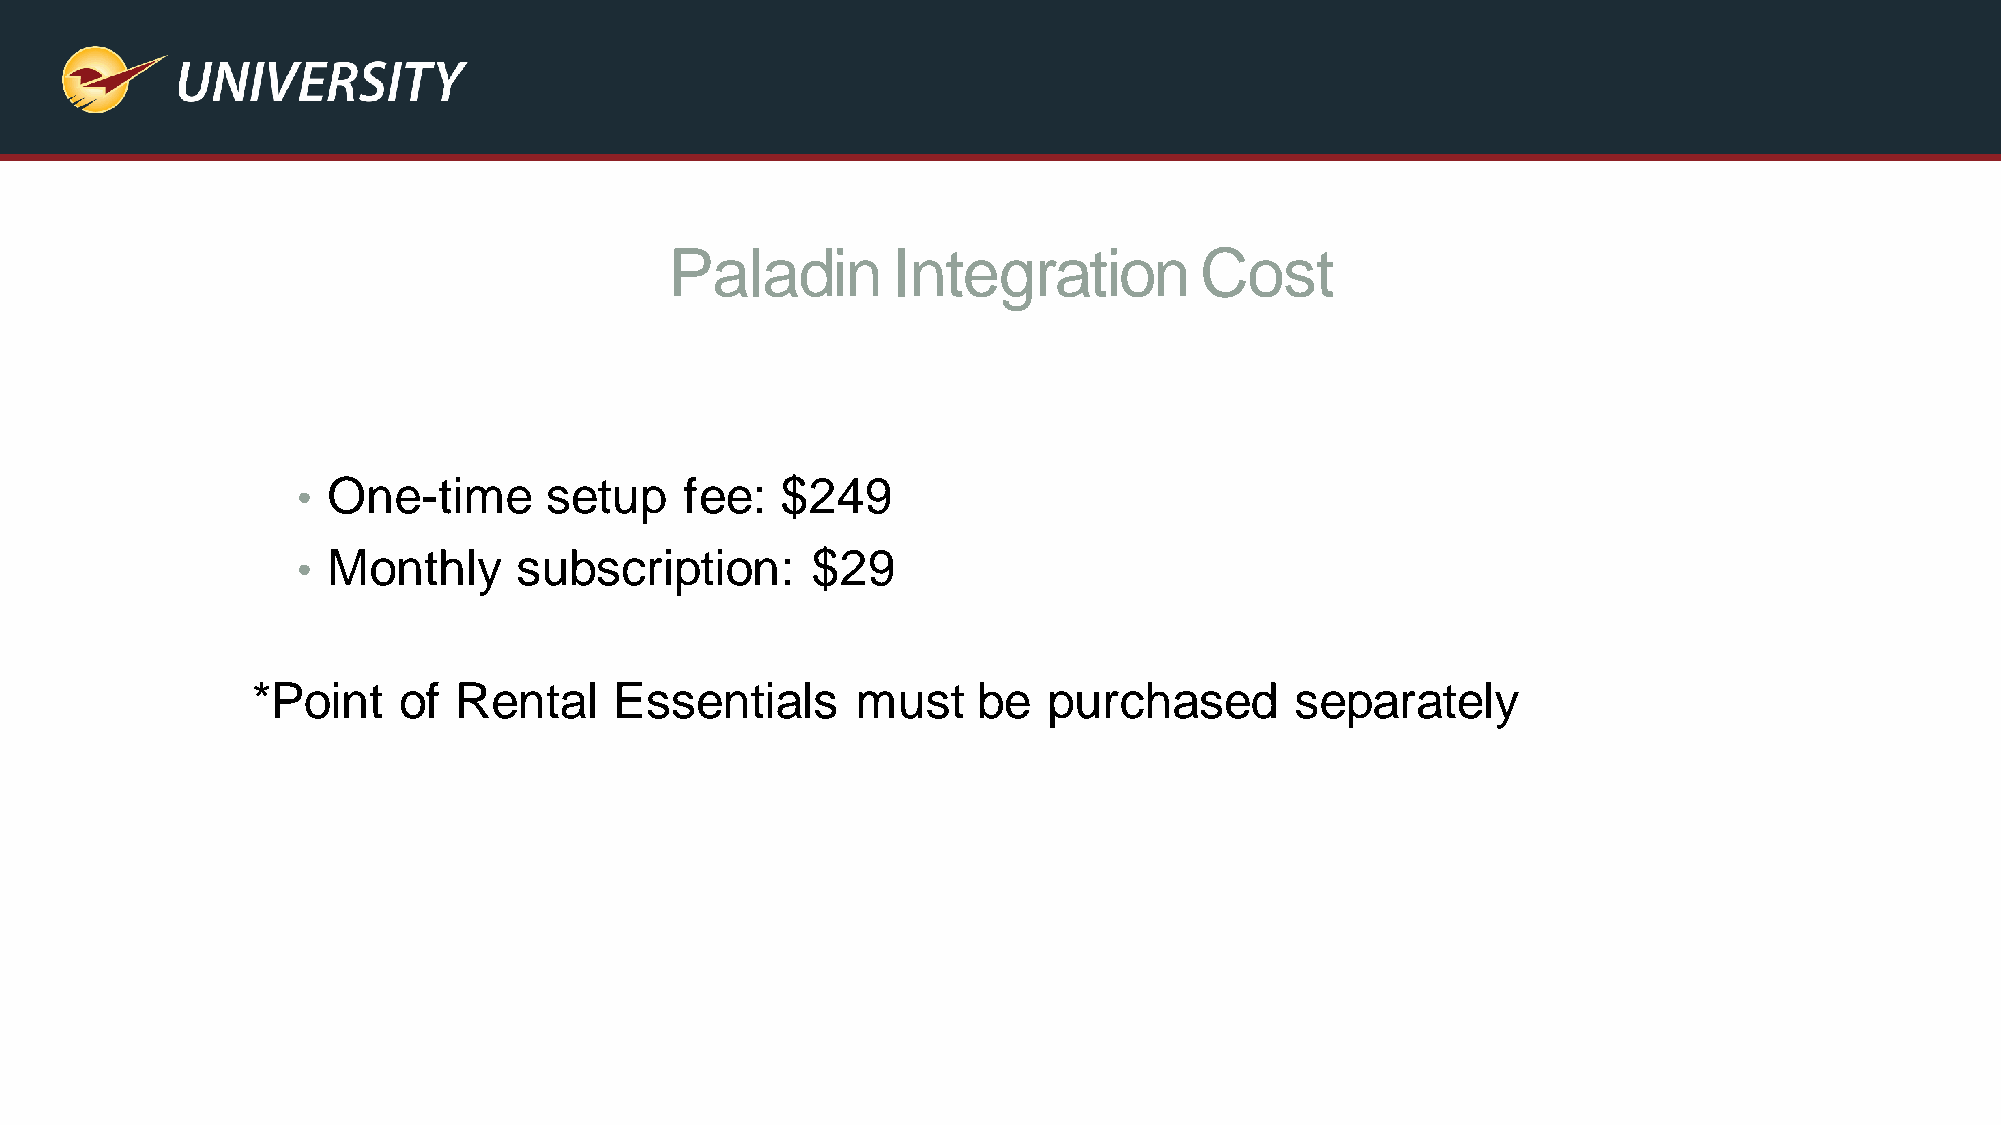
Paladin        Integration         Cost
 • One-time      setup    fee:   $249
 • Monthly     subscription:       $29
 *Point   of  Rental     Essentials      must    be  purchased        separately